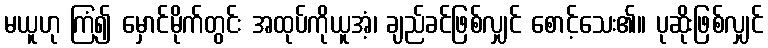
မယူဟု ကြံ၍ မှောင်မိုက်တွင်း အထုပ်ကိုယူအံ့၊ ချည်ခင်ဖြစ်လျှင် စောင့်သေး၏။ ပုဆိုးဖြစ်လျှင်